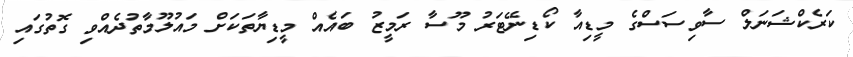
ކަރެކްޝަނަލް ސާވިސަސްގެ މީޑިއާ ކޯޑިނޭޓަރު މޫސާ ރަމީޒު ބައެއް މީޑިޔާތަކަށް މައުލޫމާތުދެއްވި ގޮތުގައި